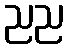
ညည